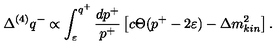
\Delta ^ { ( 4 ) } q ^ { - } \propto \int _ { \varepsilon } ^ { q ^ { + } } \frac { d p ^ { + } } { p ^ { + } } \left[ c \Theta ( p ^ { + } - 2 \varepsilon ) - \Delta m _ { k i n } ^ { 2 } \right] .